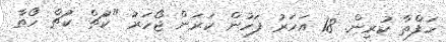
ހަފްތާ ކުރިން. 18 އަހަރު ފަހުން ކަރަން ޖޯހަރު "ކުޗް ކުޗް ހޯތާ